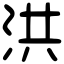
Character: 洪